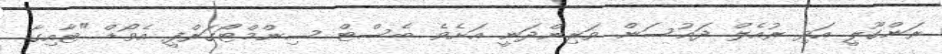
ރަންގޫލީ އަދި ރުއެލް ދައުސަން ވަރިންދަނީ އަށެވެ. ބެސްޓް ސިންމްޓޯގަރްފީ އެވޯޑް "ޓާއިގާ